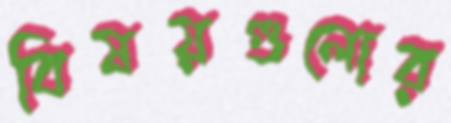
বিষয়গুলোর